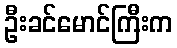
ဦးခင်မောင်ကြီးက